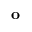
{ \mathbf o }